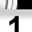
Digit: 1